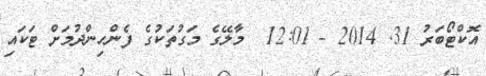
އޮކްޓޯބަރު 31